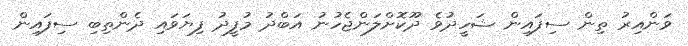
ވަންއިރު ތިން ސިފައިން ޝަހީދުވެ ދޫކޮށްލަންޖެހުނު އަބްދު މުފީދު ފިޔަވައި ދެންތިބި ސިފައިން